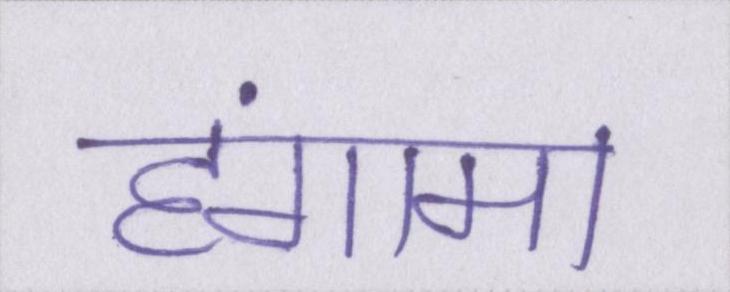
हंगामा